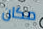
مكان